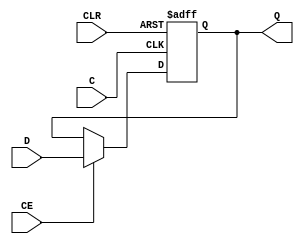
module FDCE_ZINI (output reg Q, input C, CE, D, CLR);
  parameter [0:0] ZINI = 1'b0;
  parameter [0:0] IS_C_INVERTED = 1'b0;
  initial Q <= !ZINI;
  generate case (|IS_C_INVERTED)
    1'b0: always @(posedge C, posedge CLR) if (CLR) Q <= 1'b0; else if (CE) Q <= D;
    1'b1: always @(negedge C, posedge CLR) if (CLR) Q <= 1'b0; else if (CE) Q <= D;
  endcase endgenerate
endmodule